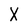
Character: X